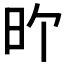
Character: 𪰇